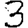
Digit: 3